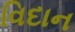
વિદાન